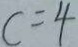
c = 4